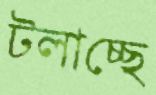
টলাচ্ছে